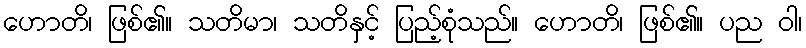
ဟောတိ၊ ဖြစ်၏။ သတိမာ၊ သတိနှင့် ပြည့်စုံသည်။ ဟောတိ၊ ဖြစ်၏။ ပည ဝါ၊